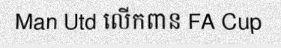
Man Utd លើកពាន FA Cup